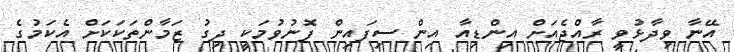
އޭނާ ވިދާޅުވީ ރާއްޖެއަށް އިންޑިއާ އިން ސިފައިން ފޮނުވުމަކީ ދިގު ޒަމާންތަކަކަށް އެކަމުގެ